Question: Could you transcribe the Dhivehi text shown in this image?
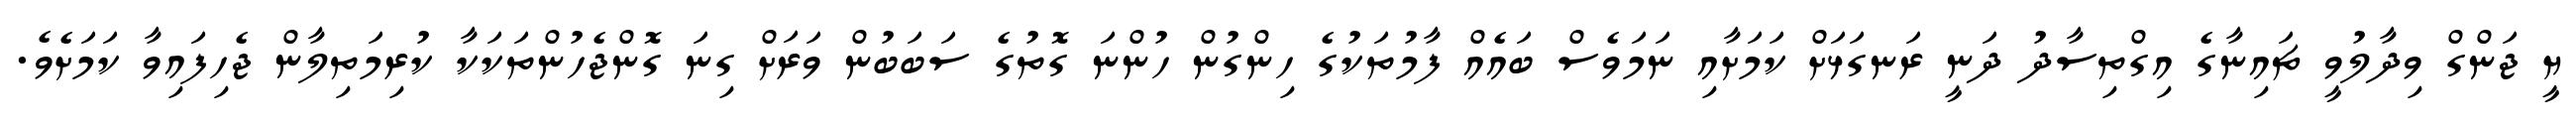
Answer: ޔީ ޖަންގް ވިދާލުވީ ޗައިނާގެ އިގްތިސާދު ދަނީ ރަނގަޅަށް ކަމަށާއި ނަމަވެސް ބައެއް ފާމުތަކުގެ ހިންގުން ހުންނަ ގޮތުގެ ސަބަބުން ވަރަށް ގިނަ ގޮންޖެހުންތަކަކާ ކުރިމަތިލާން ޖެހިފައިވާ ކަމަށެވެ.